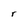
Character: r